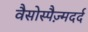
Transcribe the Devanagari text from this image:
वैसोस्पैज़्मदर्द